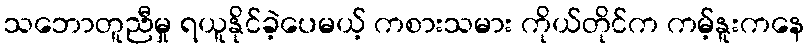
သဘောတူညီမှု ရယူနိုင်ခဲ့ပေမယ့် ကစားသမား ကိုယ်တိုင်က ကမ့်နူးကနေ